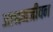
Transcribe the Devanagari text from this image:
आश्रमजीवन